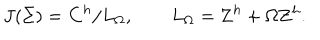
LaTeX: J ( \Sigma ) = { \bf C } ^ { h } / L _ { \Omega } , \qquad L _ { \Omega } = { \bf Z } ^ { h } + \Omega { \bf Z } ^ { h } .